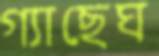
গ্যাছেঘ